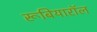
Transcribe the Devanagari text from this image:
रूबियारॉल